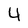
Character: 4